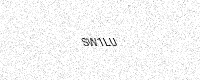
Text: SW1LU